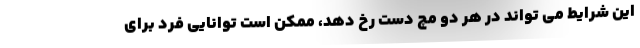
این شرایط می تواند در هر دو مچ دست رخ دهد، ممکن است توانایی فرد برای